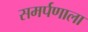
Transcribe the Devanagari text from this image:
समर्पणाला